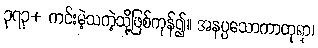
၃၇၃+ ကင်းမဲ့သကဲ့သို့ဖြစ်ကုန်၍။ အနပ္ပသောကာတုရာ၊